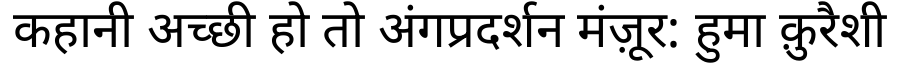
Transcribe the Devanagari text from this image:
कहानी अच्छी हो तो अंगप्रदर्शन मंज़ूर: हुमा क़ुरैशी